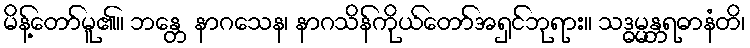
မိန့်တော်မူ၏။ ဘန္တေ နာဂသေန၊ နာဂသိန်ကိုယ်တော်အရှင်ဘုရား။ သဒ္ဓမ္မန္တရဓာနံတိ၊